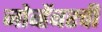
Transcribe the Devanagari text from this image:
नोव्हेंबरची